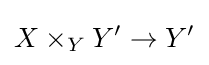
X\times _{Y}Y'\to Y'